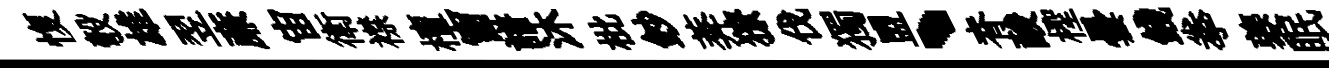
愎彀雄翌亷宙衛襟檀窗譜沐枇鈔莾獠伐獨盟、脊酸檉曇錢拳夔眠